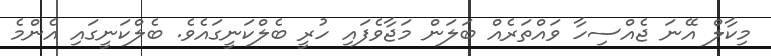
މިކާލް އޭނަ ޖެއްސިހާ ވައްތަރެއް ބަލަން މަޖާވެފައި ހުރީ ބެލްކަނީގައެވެ. ބެލްކަނީގައި އެންމެ